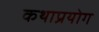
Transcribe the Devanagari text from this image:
कथाप्रयोग